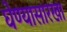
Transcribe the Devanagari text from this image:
घेण्यासारखा